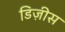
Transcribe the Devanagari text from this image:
डिज़ीस